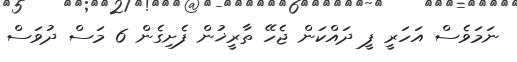
ނަމަވެސް އަހަރީ ފީ ދައްކަން ޖެހޭ ތާރީޚުން ފެށިގެން 6 މަސް ދުވަސް